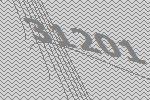
31201